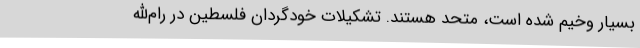
بسیار وخیم شده است، متحد هستند. تشکیلات خودگردان فلسطین در رام‌الله